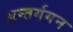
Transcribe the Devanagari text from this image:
अन्तर्गगन